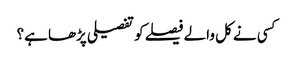
کسی نے کل والے فیصلے کو تفصیلی پڑھا ہے؟